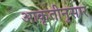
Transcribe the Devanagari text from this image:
आकृतीनुसार